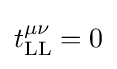
t_{\text{LL}}^{\mu \nu }=0